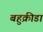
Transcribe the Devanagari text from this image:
बहुक्रीडा